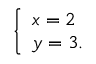
\left\{ \begin{array} { l l } { x = 2 } \\ { y = 3 . } \end{array} \right.